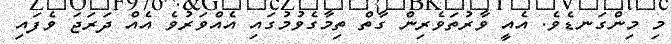
މި މިންގަނޑެވެ. އެއީ ވާރުތަވެރިން ގާތް ތިމާގެވުމުގައި އެއްވަރުވެ އެއް ދަރަޖަ ވެފައި